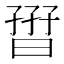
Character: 𡦏